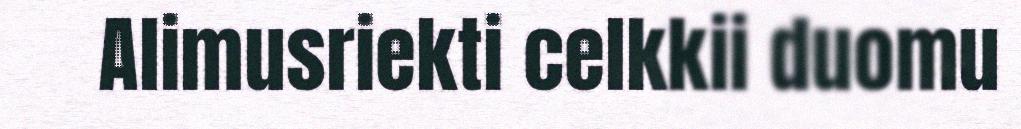
Alimusriekti celkkii duomu